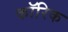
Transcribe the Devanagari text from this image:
कॉरिक